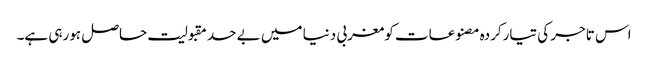
اس تاجر کی تیارکردہ مصنوعات کومغربی دنیا میں بے حد مقبولیت حاصل ہورہی ہے۔